Sanitation, dispensaries and jails vaccination Rajputana 1922-1927 - 1922-1927
Year: 1922
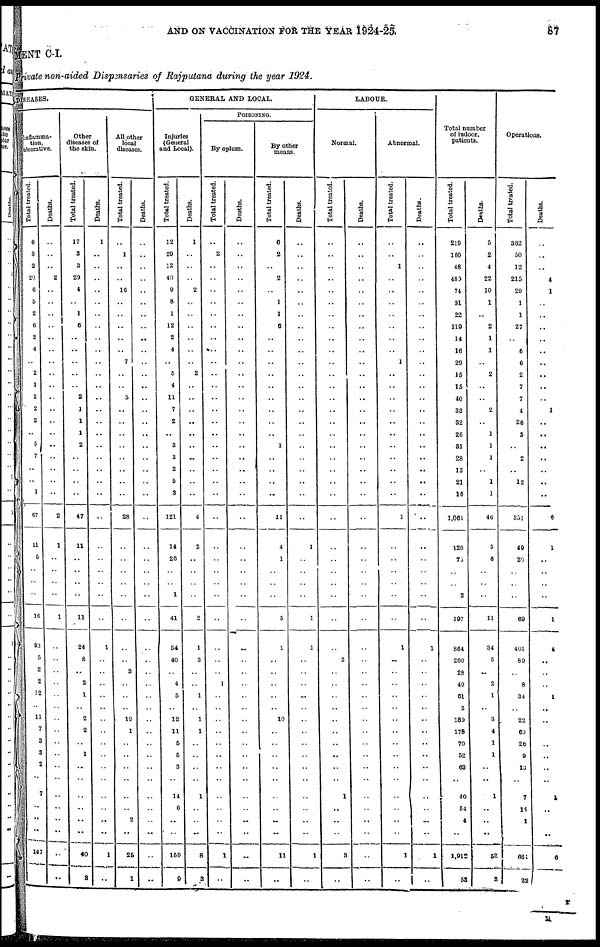
AND ON VACCINATION FOR THE YEAR 1924-25.
87
MENT C-I.
Private non-aided Dispensaries of Rajputana during the year 1924.
DISEASES.
Inflamma-
tion.
ulcerative.
Total treated.
6
3
2
20
6
5
2
6
2
4
..
2
1
2
2
2
..
5
7
..
..
1
67
11
5
..
..
..
16
93
5
2
2
12
..
11
7
3
3
2
..
7
..
..
..
147
..
Deaths.
..
..
..
2
..
..
..
..
..
..
..
..
..
..
..
..
..
..
..
..
..
..
2
1
..
..
..
..
1
..
..
..
..
..
..
..
..
..
..
..
..
..
..
..
..
..
..
Other
diseases of
the skin.
Total treated.
17
3
3
29
4
..
1
6
..
..
..
..
..
2
1
1
1
2
..
..
..
..
47
11
..
..
..
..
11
24
8
..
2
1
..
2
2
..
1
..
..
..
..
..
..
40
8
Deaths.
1
..
..
..
..
..
..
..
..
..
..
..
..
..
..
..
..
..
..
..
..
..
..
..
..
..
..
..
..
1
..
..
..
..
..
..
..
..
..
..
..
..
..
..
..
1
..
All other
local
diseases.
Total treated.
..
1
..
..
16
..
..
..
..
..
7
..
..
5
..
..
..
..
..
..
..
..
28
..
..
..
..
..
..
..
..
3
..
..
..
19
1
..
..
..
..
..
..
2
..
25
1
Deaths.
..
..
..
..
..
..
..
..
..
..
..
..
..
..
..
..
..
..
..
..
..
..
..
..
..
..
..
..
..
..
..
..
..
..
..
..
..
..
..
..
..
..
..
..
..
..
..
GENERAL AND LOCAL.
Injuries
(General
and Local).
Total treated.
12
29
12
40
9
8
1
12
2
4
..
5
4
11
7
2
..
3
3
2
5
3
121
14
26
..
..
1
41
54
40
..
4
5
..
12
11
5
5
3
..
14
6
..
..
159
9
Deaths.
1
..
..
..
2
..
..
..
..
..
..
2
..
..
..
..
..
..
..
..
..
..
4
2
..
..
..
..
2
1
3
..
..
1
..
1
1
..
..
..
..
1
..
..
..
8
3
POISONING.
By opium.
Total treated.
..
2
..
..
..
..
..
..
..
..
..
..
..
..
..
..
..
..
..
..
..
..
..
..
..
..
..
..
..
..
..
..
1
..
..
..
..
..
..
..
..
..
..
..
..
1
..
Deaths.
..
..
..
..
..
..
..
..
..
..
..
..
..
..
..
..
..
..
..
..
..
..
..
..
..
..
..
..
..
..
..
..
..
..
..
..
..
..
..
..
..
..
..
..
..
..
..
By other
means.
Total treated.
6
2
..
2
..
1
1
6
..
..
..
..
..
..
..
..
..
1
..
..
..
..
11
4
1
..
..
..
5
1
..
..
..
..
..
10
..
..
..
..
..
..
..
..
..
11
..
Deaths.
..
..
..
..
..
..
..
..
..
..
..
..
..
..
..
..
..
..
..
..
..
..
..
1
..
..
..
..
1
1
..
..
..
..
..
..
..
..
..
..
..
..
..
..
..
1
..
LABOUR.
Normal.
Total treated.
..
..
..
..
..
..
..
..
..
..
..
..
..
..
..
..
..
..
..
..
..
..
..
..
..
..
..
..
..
..
2
..
..
..
..
..
..
..
..
..
..
1
..
..
..
3
..
Deaths.
..
..
..
..
..
..
..
..
..
..
..
..
..
..
..
..
..
..
..
..
..
..
..
..
..
..
..
..
..
..
..
..
..
..
..
..
..
..
..
..
..
..
..
..
..
..
..
Abnormal.
Total treated.
..
..
1
..
..
..
..
..
..
..
1
..
..
..
..
..
..
..
..
..
..
..
1
..
..
..
..
..
..
1
..
..
..
..
..
..
..
..
..
..
..
..
..
..
..
1
..
Deaths.
..
..
..
..
..
..
..
..
..
..
..
..
..
..
..
..
..
..
..
..
..
..
..
..
..
..
..
..
..
1
..
..
..
..
..
..
..
..
..
..
..
..
..
..
..
1
..
Total number
of indoor.
patients.
Total treated.
219
160
48
480
74
31
22
119
14
16
29
15
15
40
33
32
26
31
28
13
21
16
1,064
120
75
..
..
2
197
864
260
28
49
61
2
189
178
70
52
63
..
40
54
4
..
1,912
53
Deaths.
5
2
4
22
10
1
..
2
1
1
..
2
..
..
2
..
1
1
1
..
1
1
46
5
6
..
..
..
11
34
5
..
2
1
..
3
4
1
1
..
..
1
..
..
..
52
3
Operations.
Total treated.
362
50
12
215
29
1
1
27
..
6
6
2
7
7
4
26
3
..
2
..
12
..
351
49
20
..
..
..
69
401
89
..
8
34
..
22
60
26
9
13
..
7
14
1
..
681
22
Deaths.
..
..
..
4
1
..
..
..
..
..
..
..
..
..
1
..
..
..
..
..
..
..
6
1
..
..
..
..
1
4
..
..
..
1
..
..
..
..
..
..
..
1
..
..
..
6
..
r
M.